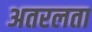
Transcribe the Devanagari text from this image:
अतरलता